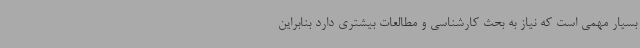
بسیار مهمی است که نیاز به بحث کارشناسی و مطالعات بیشتری دارد بنابراین